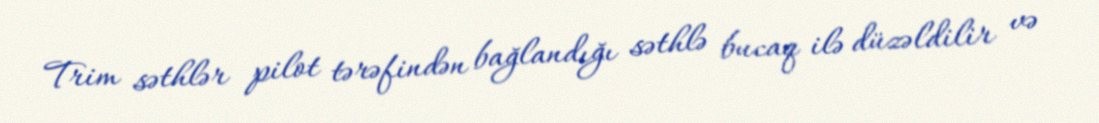
Trim səthlər pilot tərəfindən bağlandığı səthlə bucaq ilə düzəldilir və